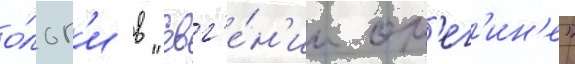
о́льг'и в "евг'е́н'ии он'ег'ин'е"